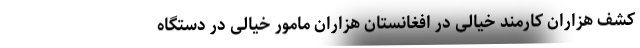
کشف هزاران کارمند خیالی در افغانستان هزاران مامور خیالی در دستگاه